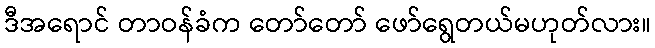
ဒီအရောင် တာဝန်ခံက တော်တော် ဖော်ရွေတယ်မဟုတ်လား။